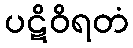
ပဋိဝိရတံ